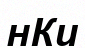
нКи